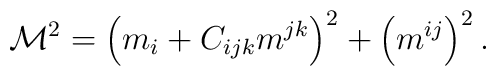
\mathcal{M}^2= \left(m_i+ C_{ijk} m^{jk}\right)^2 +\left(m^{ij}\right)^2 .